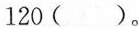
120 ( )。